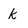
Character: k